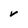
Character: v